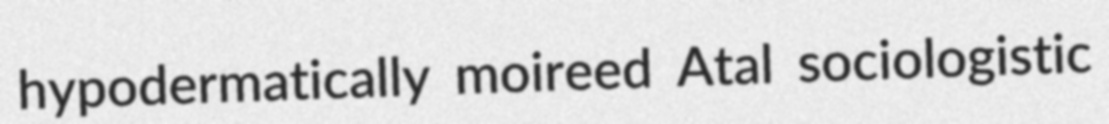
hypodermatically moireed Atal sociologistic